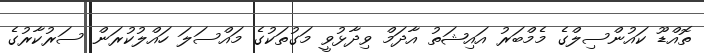
ތޮއްޑޫ ކައުންސިލްގެ މެމްބަރު އައިޝަތު އާދަމް ވިދާޅުވީ މަގުތަކުގެ މައްސަލަ ހައްލުކުރަން ސަރުކާރުގެ